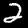
Digit: 2